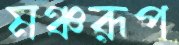
মঞ্চরূপ